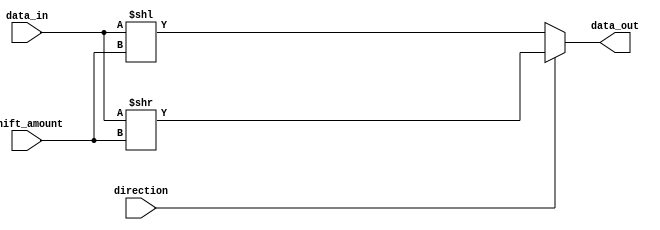
module barrel_shifter (
    input [31:0] data_in,
    input [4:0] shift_amount,
    input direction, // 0 for left shift, 1 for right shift
    output [31:0] data_out
);

wire [31:0] shifted_data;

always @* begin
    if (direction == 0) begin // left shift
        shifted_data = data_in << shift_amount;
    end else begin // right shift
        shifted_data = data_in >> shift_amount;
    end
end

assign data_out = shifted_data;

endmodule